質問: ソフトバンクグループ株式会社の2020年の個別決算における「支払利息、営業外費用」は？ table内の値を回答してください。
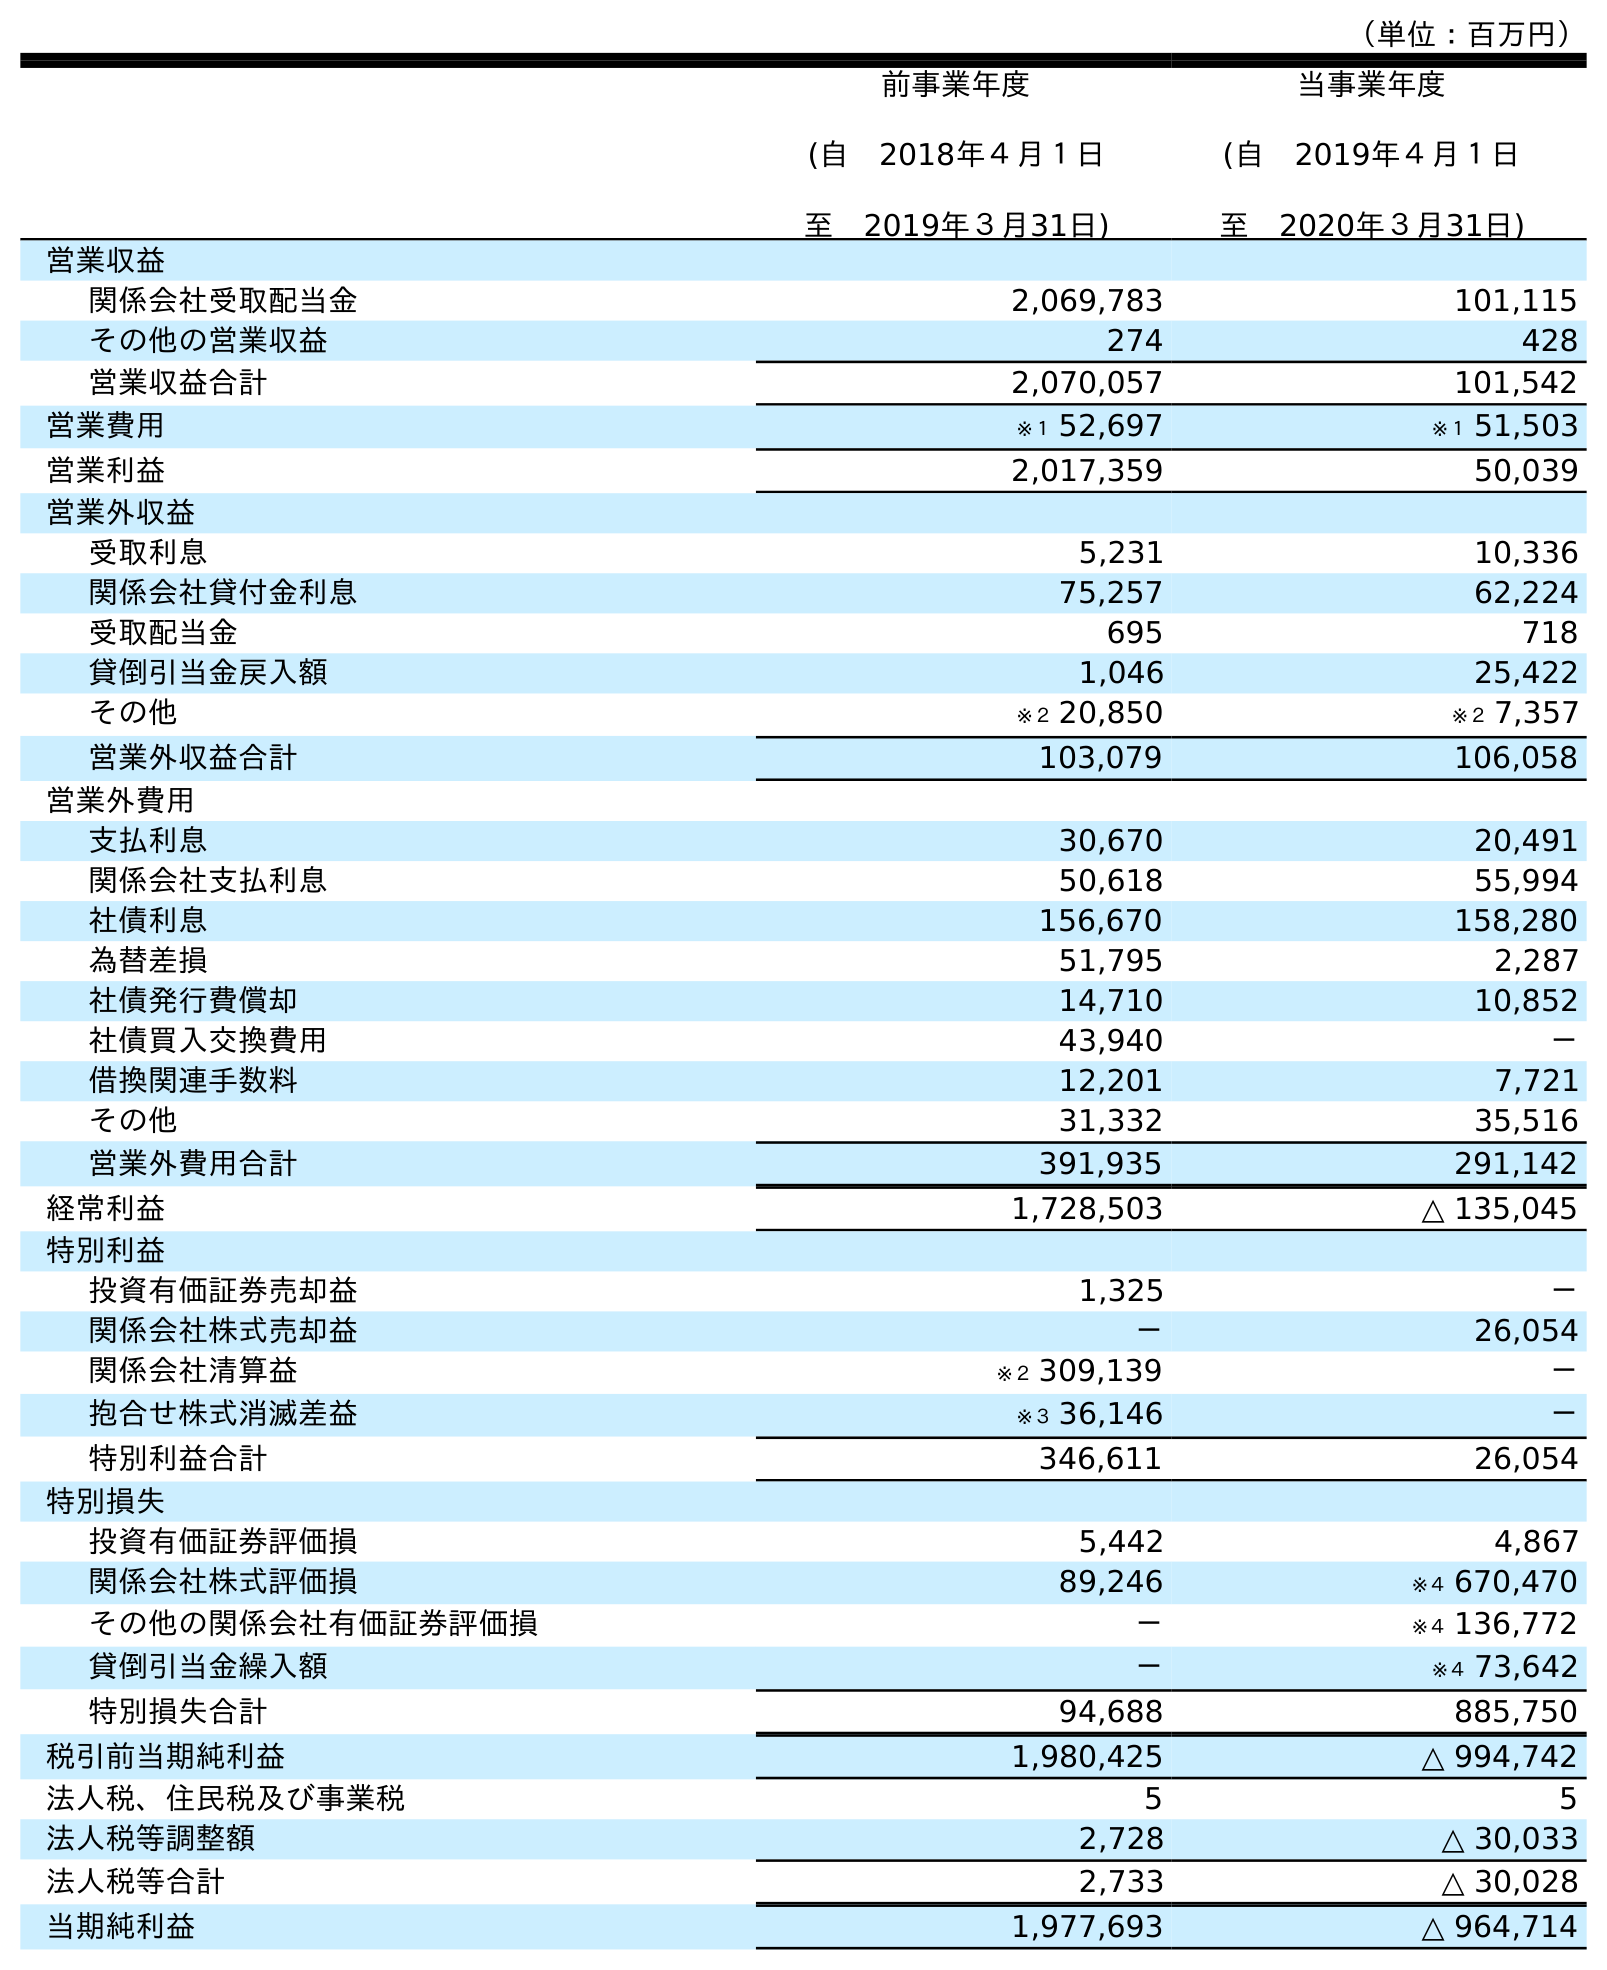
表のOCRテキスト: （単位：百万円） 前事業年度 (自 2018年４月１日 至 2019年３月31日) 当事業年度 (自 2019年４月１日 至 2020年３月31日) 営業収益 関係会社受取配当金 2,069,783 101,115 その他の営業収益 274 428 営業収益合計 2,070,057 101,542 営業費用 ※１ 52,697 ※１ 51,503 営業利益 2,017,359 50,039 営業外収益 受取利息 5,231 10,336 関係会社貸付金利息 75,257 62,224 受取配当金 695 718 貸倒引当金戻入額 1,046 25,422 その他 ※２ 20,850 ※２ 7,357 営業外収益合計 103,079 106,058 営業外費用 支払利息 30,670 20,491 関係会社支払利息 50,618 55,994 社債利息 156,670 158,280 為替差損 51,795 2,287 社債発行費償却 14,710 10,852 社債買入交換費用 43,940 － 借換関連手数料 12,201 7,721 その他 31,332 35,516 営業外費用合計 391,935 291,142 経常利益 1,728,503 △ 135,045 特別利益 投資有価証券売却益 1,325 － 関係会社株式売却益 － 26,054 関係会社清算益 ※２ 309,139 － 抱合せ株式消滅差益 ※３ 36,146 － 特別利益合計 346,611 26,054 特別損失 投資有価証券評価損 5,442 4,867 関係会社株式評価損 89,246 ※４ 670,470 その他の関係会社有価証券評価損 － ※４ 136,772 貸倒引当金繰入額 － ※４ 73,642 特別損失合計 94,688 885,750 税引前当期純利益 1,980,425 △ 994,742 法人税、住民税及び事業税 5 5 法人税等調整額 2,728 △ 30,033 法人税等合計 2,733 △ 30,028 当期純利益 1,977,693 △ 964,714
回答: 20,491